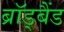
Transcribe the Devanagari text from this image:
ब्रॉड्बैंड